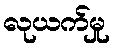
လုယက်မှု